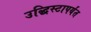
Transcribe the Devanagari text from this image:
उद्धिस्टापर्यंत